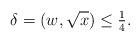
LaTeX: \begin{align*} \delta = (w,\sqrt x) \le \tfrac14 .\end{align*}